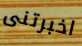
اخبرتنى